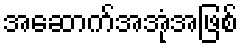
အဆောက်အအုံအဖြစ်